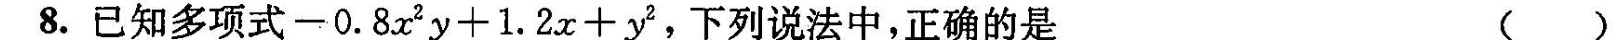
8.已知多项式$$- 0 . 8 x ^ { 2 } y + 1 . 2 x + y ^ { 2 }$$，下列说法中，正确的是( )